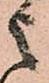
之